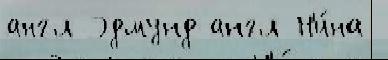
англ Эдмунд англ Н'и́на